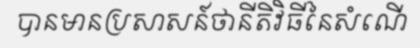
បានមានប្រសាសន៍ថានីតិវិធីនៃសំណើ